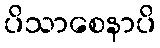
ပိသာစေနာပိ